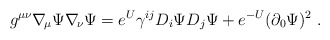
\begin{align*}g^{\mu\nu} \nabla_{\!\mu} \Psi \nabla_{\!\nu} \Psi = e^U \gamma^{ij}D_i\Psi D_j\Psi + e^{-U} (\partial_0\Psi)^2 \ . \end{align*}